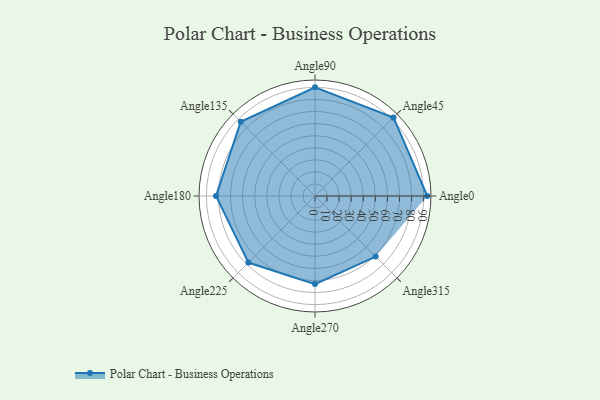
{"axis": {"x": "Angle", "y": "Radius"}, "legend": [""], "data": [{"x": "Angle0", "y": 93.0, "type": ""}, {"x": "Angle45", "y": 92.0, "type": ""}, {"x": "Angle90", "y": 90.0, "type": ""}, {"x": "Angle135", "y": 87.0, "type": ""}, {"x": "Angle180", "y": 82.0, "type": ""}, {"x": "Angle225", "y": 78.0, "type": ""}, {"x": "Angle270", "y": 73.0, "type": ""}, {"x": "Angle315", "y": 71.0, "type": ""}]}